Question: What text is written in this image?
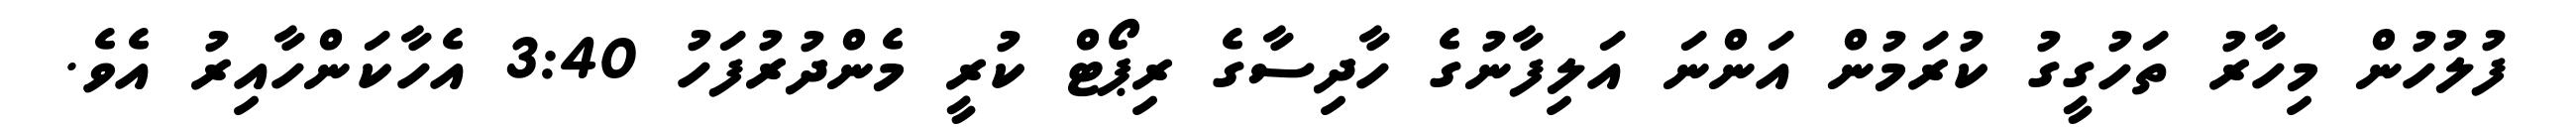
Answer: ފުލުހުން މިހާރު ތަހުގީގު ކުރަމުން އަންނަ އަލިފާނުގެ ހާދިސާގެ ރިޕޯޓް ކުރީ މެންދުރުފަހު 3:40 އެހާކަންހާއިރު އެވެ.